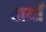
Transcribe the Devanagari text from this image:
वार्यां